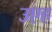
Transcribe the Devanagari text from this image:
उएह